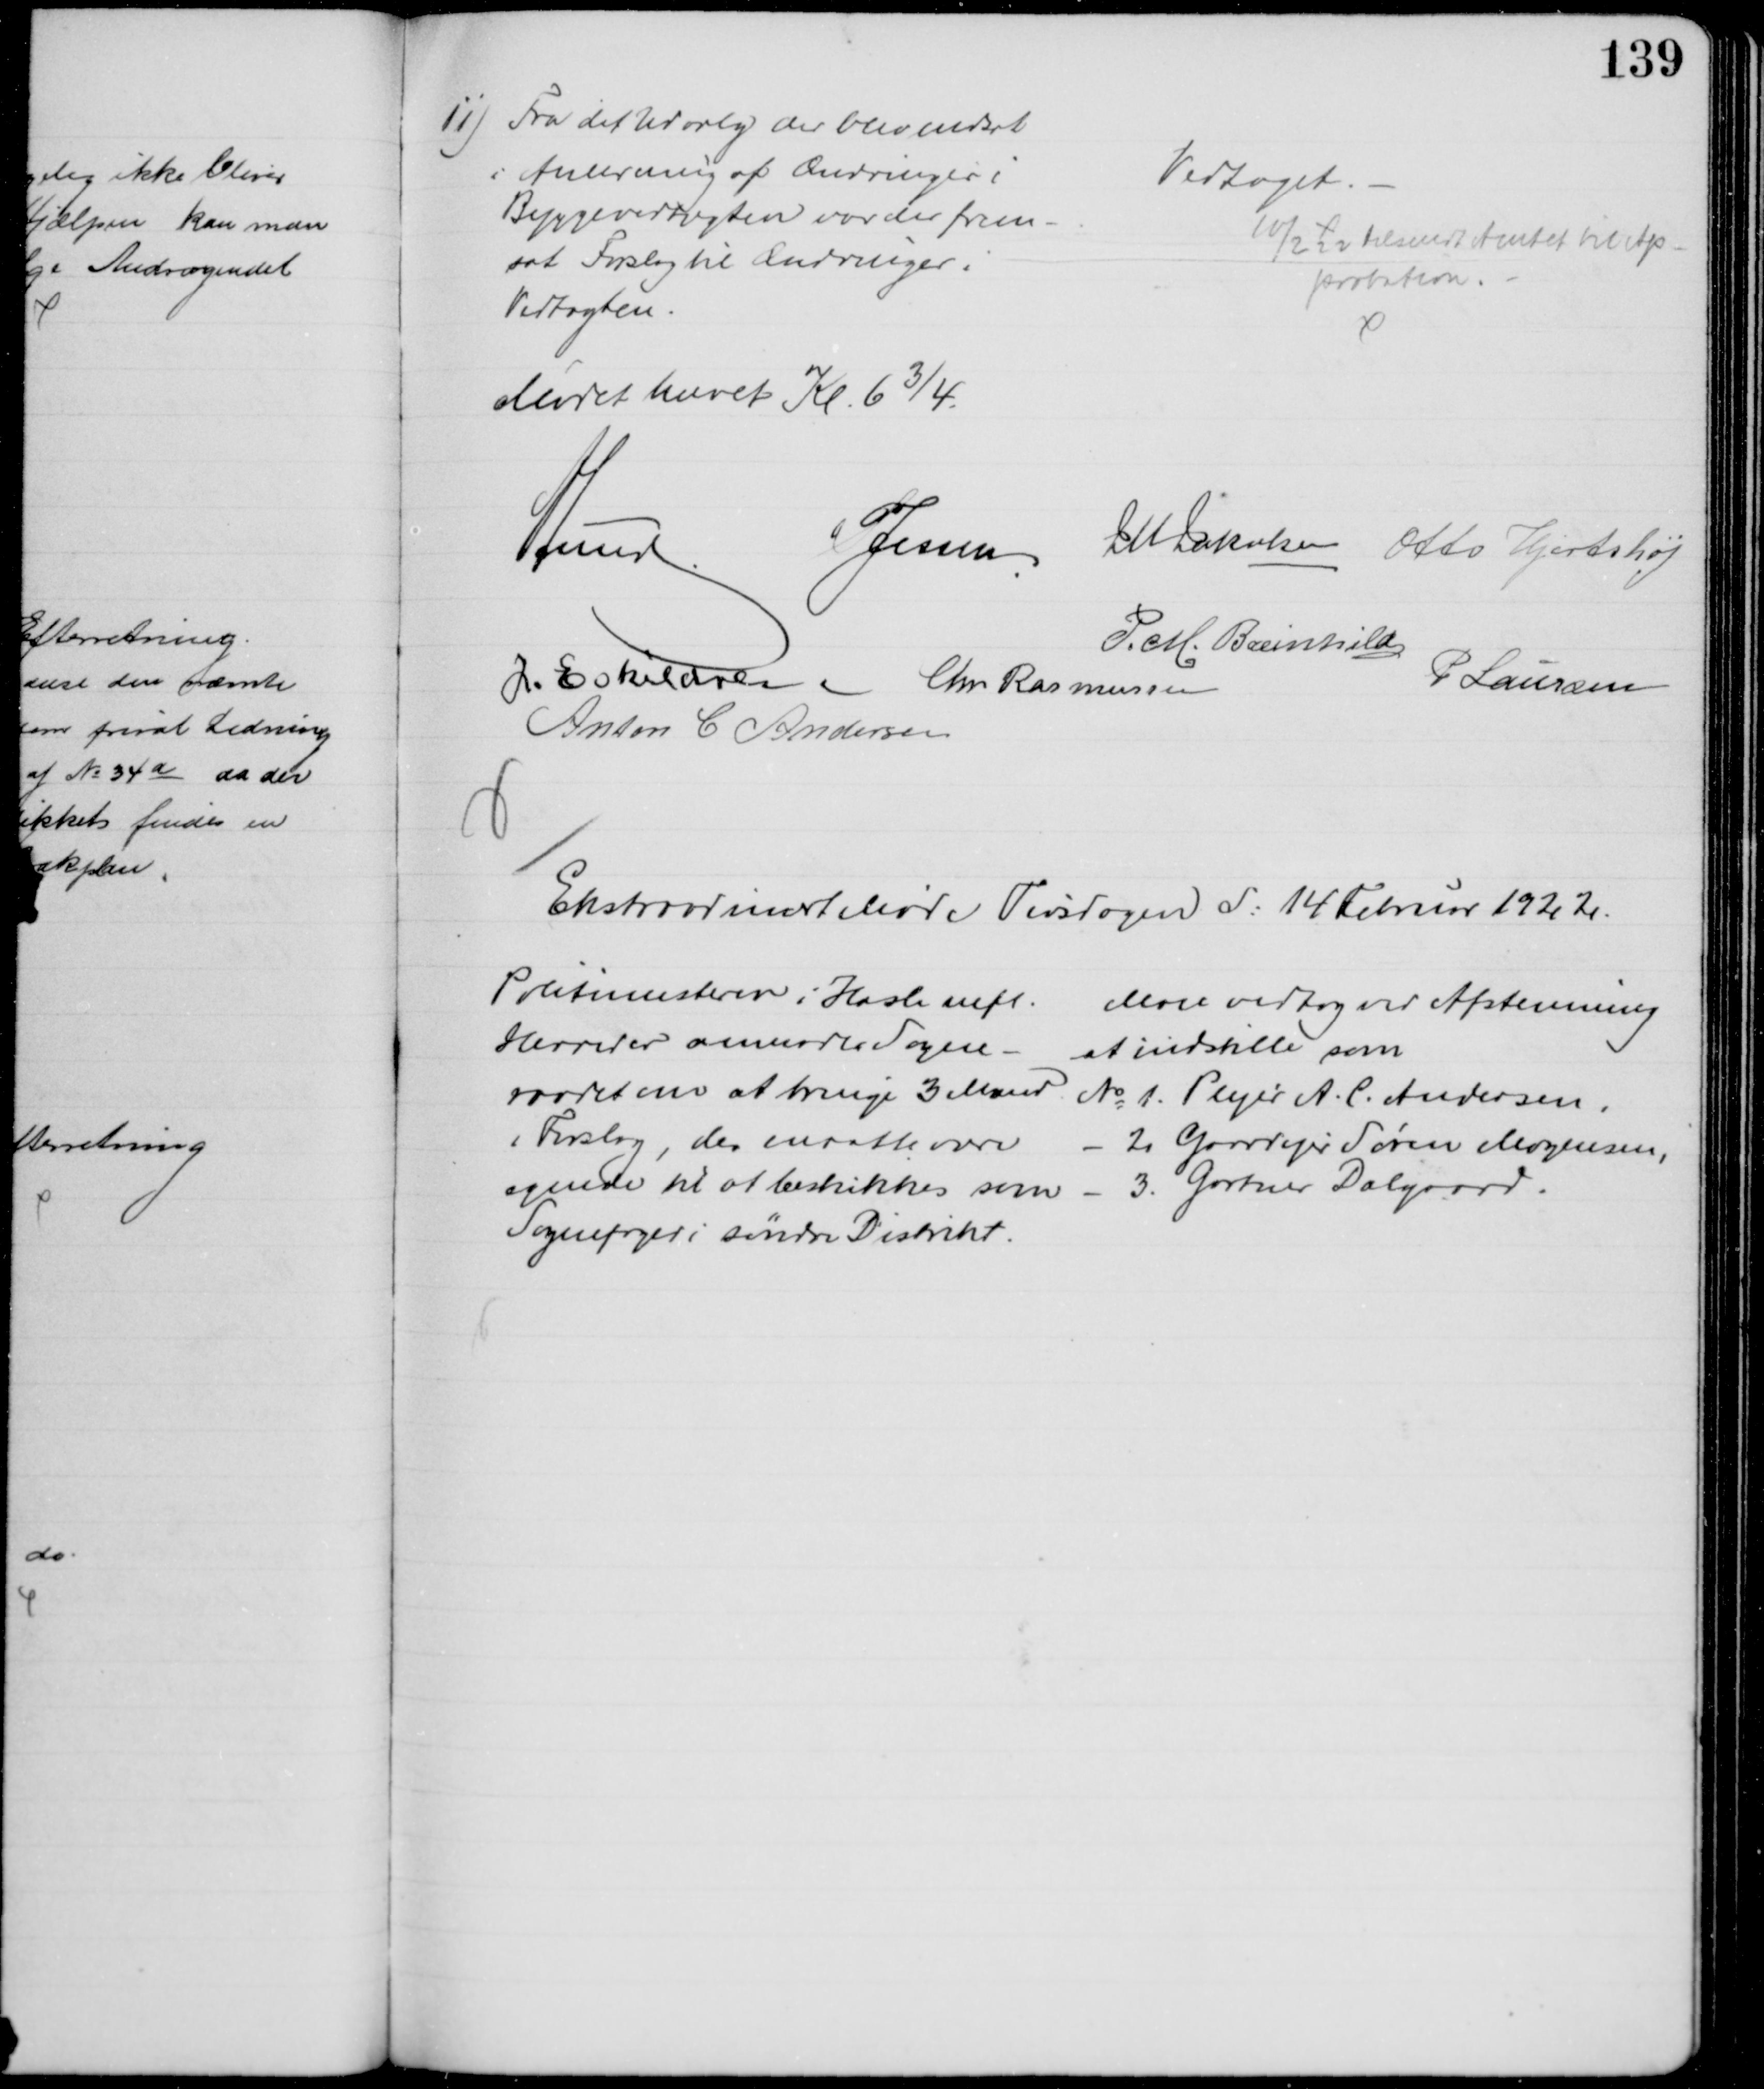
Transskription:
11) Fra det Udvalg der blev nedsat
i Anledning af Ændringer i
Byggevedtægten var der frem-
sat Forslag til Ændringer i
Vedtægten.
Vedtaget.
10/2 22 tilsendt Amtet til Ap-
probation
Mødet hævet Kl. 6¾.
A Lund
P Jessen
J M Jakobsen Otto Hjortshøj
P. M. Breinhild
J. Eskildsen Chr. Rasmussen
P Laursen
Anton C Andersen
Ekstraodinært Møde Tirsdagen d: 14 Februar 1922.
Politimesteren i Hasle mfl.
Herreder anmoder Sogne- 
raadet om at bringe 3 Mænd
i Forslag, der maatte være
egnede til at bestikkes som
Sognefoged i søndre Distrikt.
Man vedtog ved Afstemning
at indstille som
№ 1. Plejer A. C. Andersen,
2. Gaardejer Søren Mogensen,
3. Gartner Dalgaard.